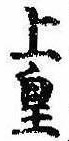
上皇